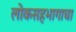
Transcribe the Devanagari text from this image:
लोकसहभागाचा